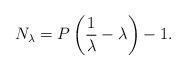
LaTeX: \begin{align*}N_\lambda=P\left(\frac{1}{\lambda}-\lambda\right)-1.\end{align*}